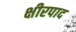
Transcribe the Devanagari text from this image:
क्षीरपाद